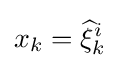
x_{k}={\widehat {\xi }}_{k}^{i}